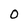
Character: O